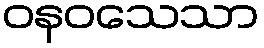
ဝနဝသေသာ